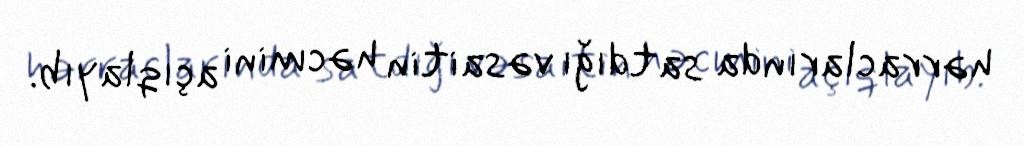
hərraclarında satdığı vəsaitin həcmini açıqlayıb.